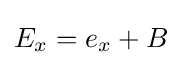
{\textstyle E_{x}=e_{x}+B}